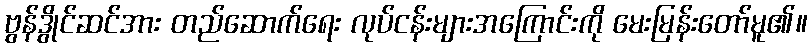
ဗွန်ဒွိုင်ဆင်အား တည်ဆောက်ရေး လုပ်ငန်းများအကြောင်းကို မေးမြန်းတော်မူ၏။